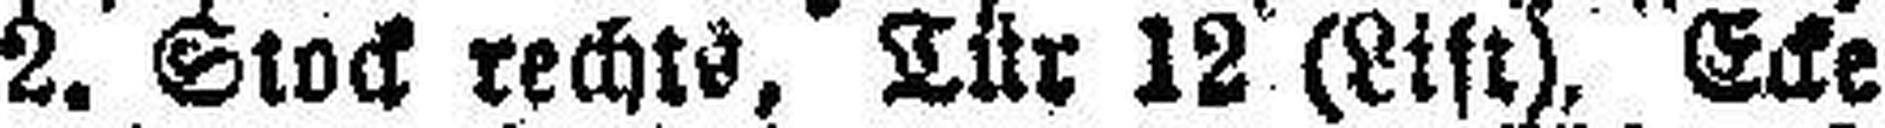
2. Stock rechts, Tür 12 (List). Ecke